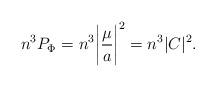
LaTeX: \begin{align*}n^3P_{\rm \Phi }=n^3\biggl \vert \frac{\mu }{a}\biggr \vert ^2=n^3\vert C\vert ^2.\end{align*}